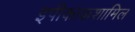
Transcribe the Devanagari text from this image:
इपीकाकशामिल